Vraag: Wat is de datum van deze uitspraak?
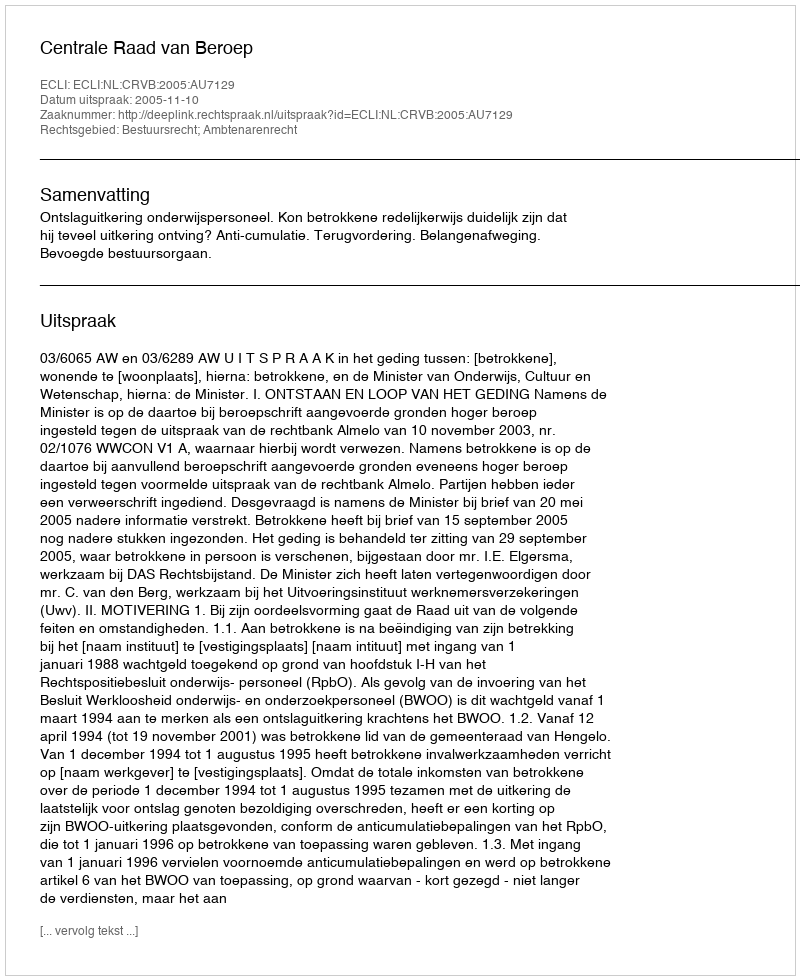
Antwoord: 2005-11-10